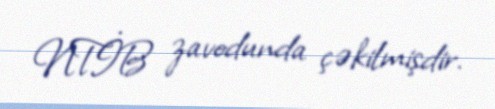
NTİB zavodunda çəkilmişdir.